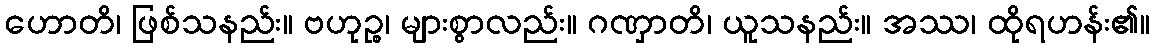
ဟောတိ၊ ဖြစ်သနည်း။ ဗဟုဉ္စ၊ များစွာလည်း။ ဂဏှာတိ၊ ယူသနည်း။ အဿ၊ ထိုရဟန်း၏။